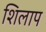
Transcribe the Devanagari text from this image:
शिलाप